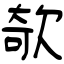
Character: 欹